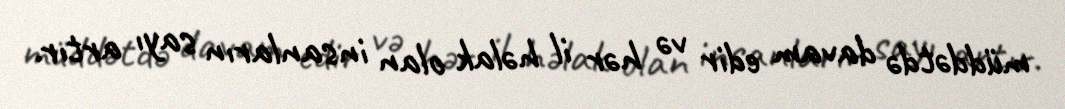
müddətdə davam edir və hər il həlak olan insanların sayı artır.